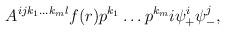
\begin{align*}A^{ijk_{1}\dots k_{m}l}f(r)p^{k_{1}}\dots p^{k_{m}}i\psi_{+}^{i}\psi_{-}^{j},\end{align*}